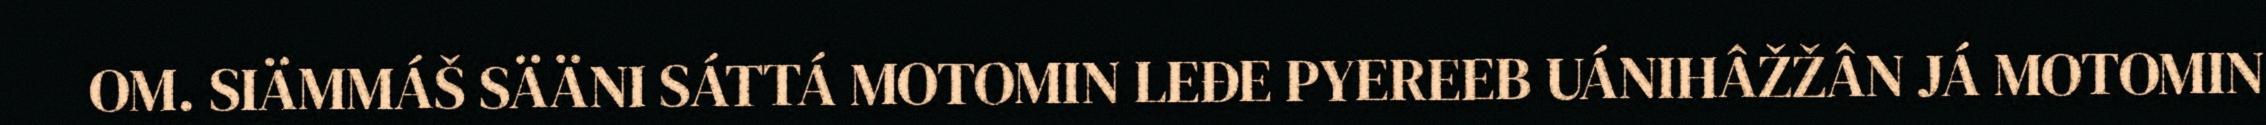
OM. SIÄMMÁŠ SÄÄNI SÁTTÁ MOTOMIN LEĐE PYEREEB UÁNIHÂŽŽÂN JÁ MOTOMIN